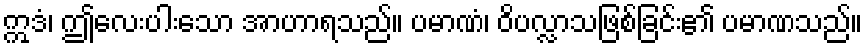
ဣဒံ၊ ဤလေးပါးသော အာဟာရသည်။ ပမာဏံ၊ ဝိပလ္လာသဖြစ်ခြင်း၏ ပမာဏသည်။